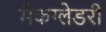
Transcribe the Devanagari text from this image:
मैकग्लेडरी